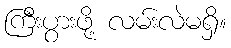
ကြီးပွားဖို့ လမ်းလဲမရှိ။